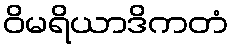
ဝိမရိယာဒိကတံ